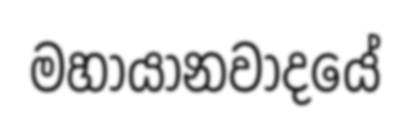
මහායානවාදයේ